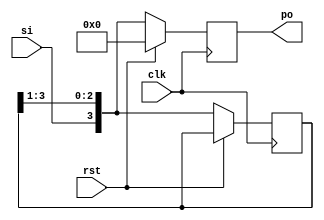
 module sipo(input clk,rst,si,output reg [3:0]po);

 reg [3:0]temp;
 
  always@(posedge clk)
  begin
    if(rst)
     po = 4'b0000;
    else 
     begin
      temp = {si,temp[3:1]};
      po = temp;
	 end 
  end
 endmodule